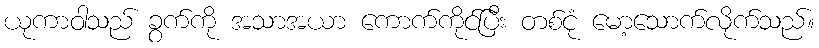
ယုကာဝါသည် ခွက်ကို အသာအယာ ကောက်ကိုင်ပြီး တစ်ငုံ မော့သောက်လိုက်သည်။